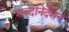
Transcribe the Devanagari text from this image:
शब्दनिर्देशन